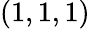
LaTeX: (1,1,1)